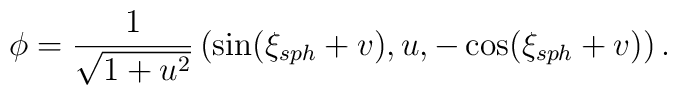
\phi = \frac{1}{\sqrt{1 + u^2}}\left(   \sin (\xi_{sph} + v), u, -\cos (\xi_{sph} + v)  \right).